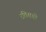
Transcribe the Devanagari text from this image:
रविशशी